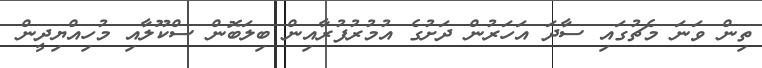
ތިން ވަނަ މެޗުގައި ސާދަ އަހަރުން ދަށުގެ އުމުރުފުރާއިން ބިލަބޮން ސްކޫލާއި މުހިއްޔިދީން